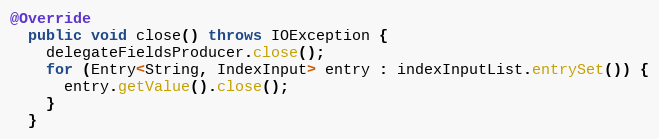
Language: Java
@Override
  public void close() throws IOException {
    delegateFieldsProducer.close();
    for (Entry<String, IndexInput> entry : indexInputList.entrySet()) {
      entry.getValue().close();
    }
  }